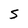
Character: S